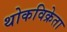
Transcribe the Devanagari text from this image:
थोकविक्रेता